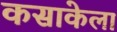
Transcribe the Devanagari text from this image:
कसाकेला